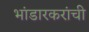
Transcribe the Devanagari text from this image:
भांडारकरांची